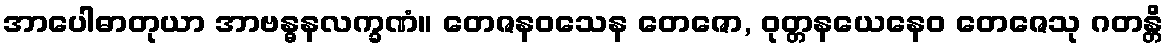
အာပေါဓာတုယာ အာဗန္ဓနလက္ခဏံ။ တေဇနဝသေန တေဇော, ဝုတ္တနယေနေဝ တေဇေသု ဂတန္တိ